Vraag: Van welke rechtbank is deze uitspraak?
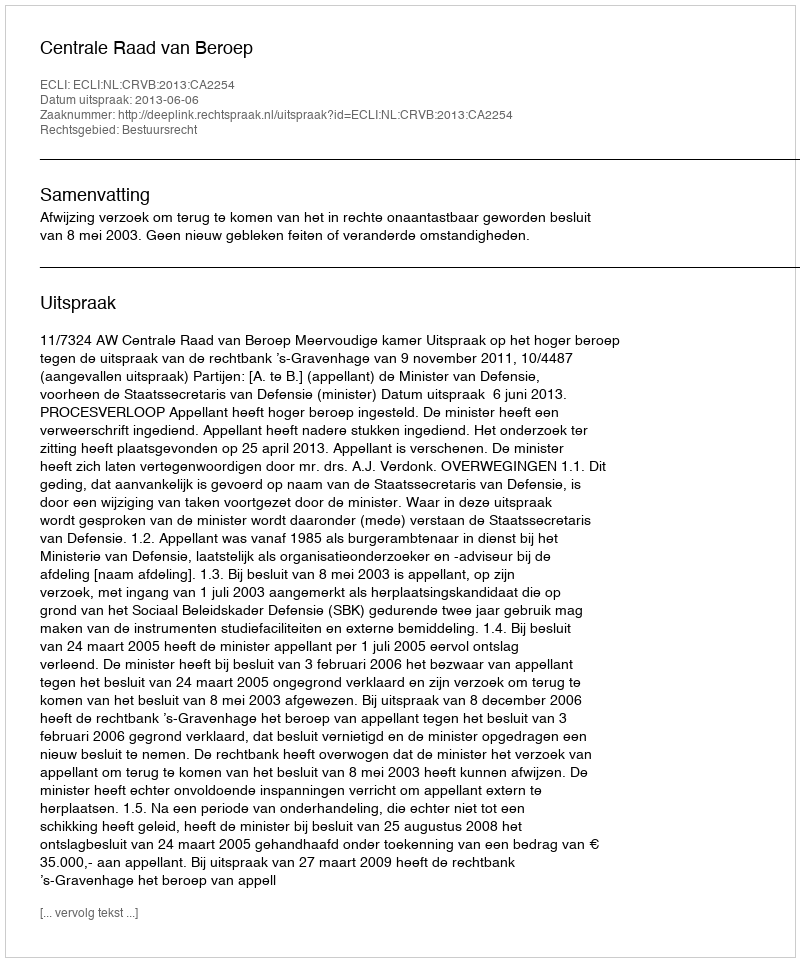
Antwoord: Centrale Raad van Beroep